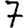
Digit: 7